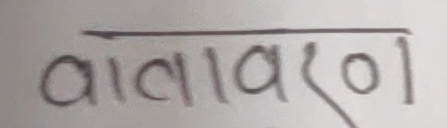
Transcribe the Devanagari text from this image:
वातावरण